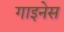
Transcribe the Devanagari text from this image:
गाइनेस